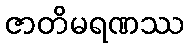
ဇာတိမရဏဿ